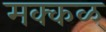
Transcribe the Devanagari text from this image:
मक्कळ्